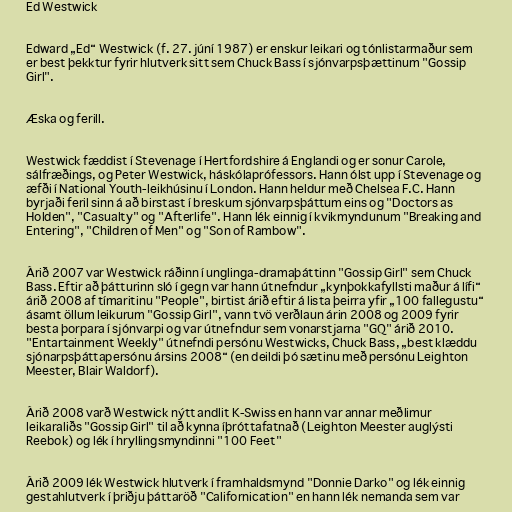
Ed Westwick

Edward „Ed“ Westwick (f. 27. júní 1987) er enskur leikari og tónlistarmaður sem
er best þekktur fyrir hlutverk sitt sem Chuck Bass í sjónvarpsþættinum "Gossip
Girl".

Æska og ferill.

Westwick fæddist í Stevenage í Hertfordshire á Englandi og er sonur Carole,
sálfræðings, og Peter Westwick, háskólaprófessors. Hann ólst upp í Stevenage og
æfði í National Youth-leikhúsinu í London. Hann heldur með Chelsea F.C. Hann
byrjaði feril sinn á að birstast í breskum sjónvarpsþáttum eins og "Doctors as
Holden", "Casualty" og "Afterlife". Hann lék einnig í kvikmyndunum "Breaking and
Entering", "Children of Men" og "Son of Rambow".

Árið 2007 var Westwick ráðinn í unglinga-dramaþáttinn "Gossip Girl" sem Chuck
Bass. Eftir að þátturinn sló í gegn var hann útnefndur „kynþokkafyllsti maður á lífi“
árið 2008 af tímaritinu "People", birtist árið eftir á lista þeirra yfir „100 fallegustu“
ásamt öllum leikurum "Gossip Girl", vann tvö verðlaun árin 2008 og 2009 fyrir
besta þorpara í sjónvarpi og var útnefndur sem vonarstjarna "GQ" árið 2010.
"Entartainment Weekly" útnefndi persónu Westwicks, Chuck Bass, „best klæddu
sjónarpsþáttapersónu ársins 2008“ (en deildi þó sætinu með persónu Leighton
Meester, Blair Waldorf).

Árið 2008 varð Westwick nýtt andlit K-Swiss en hann var annar meðlimur
leikaraliðs "Gossip Girl" til að kynna íþróttafatnað (Leighton Meester auglýsti
Reebok) og lék í hryllingsmyndinni "100 Feet"

Árið 2009 lék Westwick hlutverk í framhaldsmynd "Donnie Darko" og lék einnig
gestahlutverk í þriðju þáttaröð "Californication" en hann lék nemanda sem var